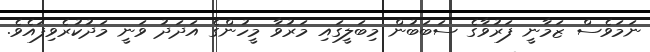
ނަމަވެސް ޒަމާނީ ފަރުވާގެ ސަބަބުން މިބަލީގައި މަރުވާ މީހުންގެ އަދަދު ވަނީ މަދުކުރެވިފައެވެ.